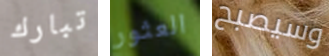
تبارك العثور وسيصبح